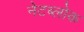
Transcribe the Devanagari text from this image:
नेटब्लोक